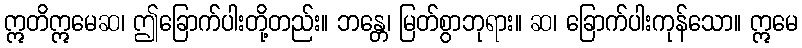
ဣတိဣမေဆ၊ ဤခြောက်ပါးတို့တည်း။ ဘန္တေ၊ မြတ်စွာဘုရား။ ဆ၊ ခြောက်ပါးကုန်သော။ ဣမေ